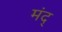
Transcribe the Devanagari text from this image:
मंद्